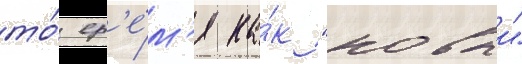
то́ вр'е́м'я ка́к "новыи"